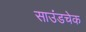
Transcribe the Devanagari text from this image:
साउंडचेक